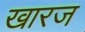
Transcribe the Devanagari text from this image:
खारज